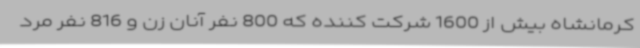
کرمانشاه بیش از 1600 شرکت کننده که 800 نفر آنان زن و 816 نفر مرد